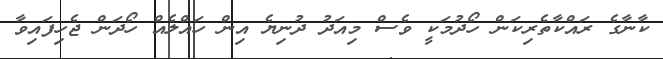
ކާނާގެ ރައްކާތެރިކަން ހޯދުމަކީ ވެސް މިއަދު ދުނިޔެ އިން ހައްލެއް ހޯދަން ޖެހިފައިވާ